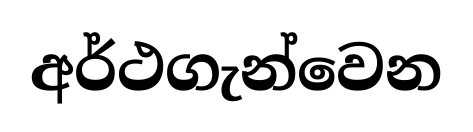
අර්ථගැන්වෙන